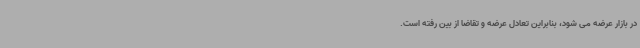
در بازار عرضه می شود، بنابراین تعادل عرضه و تقاضا از بین رفته است.